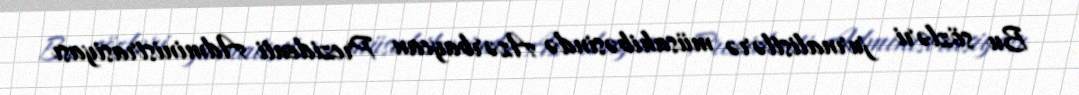
Bu sözləri jurnalistlərə müsahibəsində Azərbaycan Prezidenti Administrasiyası